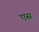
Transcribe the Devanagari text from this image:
एस़